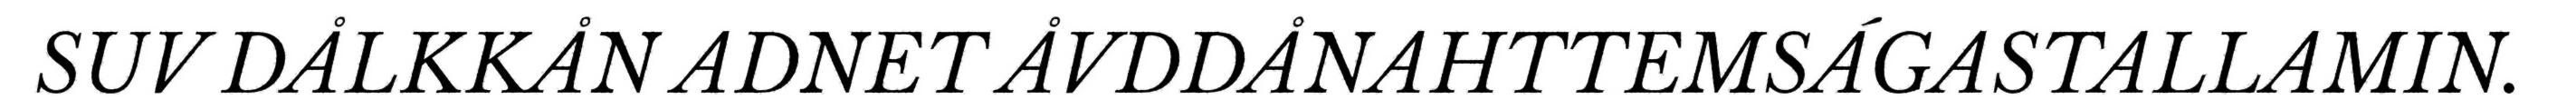
SUV DÅLKKÅN ADNET ÅVDDÅNAHTTEMSÁGASTALLAMIN.